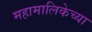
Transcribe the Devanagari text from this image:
महामालिकेच्या